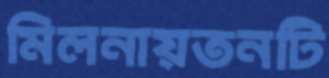
মিলনায়তনটি